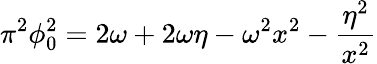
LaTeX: \pi^{2}\phi_{0}^{2}=2\omega+2\omega\eta-\omega^{2}x^{2}-{\frac{\eta^{2}}{x^{2}}}